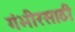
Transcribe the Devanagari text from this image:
गंभीरसाठी